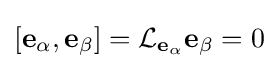
\left[\mathbf {e} _{\alpha },\mathbf {e} _{\beta }\right]={\mathcal {L}}_{\mathbf {e} _{\alpha }}\mathbf {e} _{\beta }=0